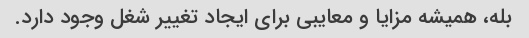
بله، همیشه مزایا و معایبی برای ایجاد تغییر شغل وجود دارد.